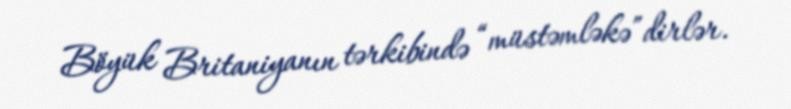
Böyük Britaniyanın tərkibində “müstəmləkə”dirlər.